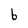
Character: b